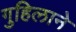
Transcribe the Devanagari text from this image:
गुहिलाने